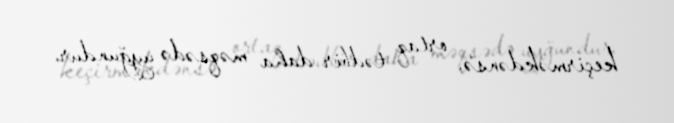
keçirməkdənsə, ortaq tədbir daha məqsədə uyğundur.